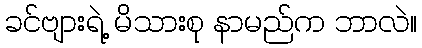
ခင်ဗျားရဲ့ မိသားစု နာမည်က ဘာလဲ။